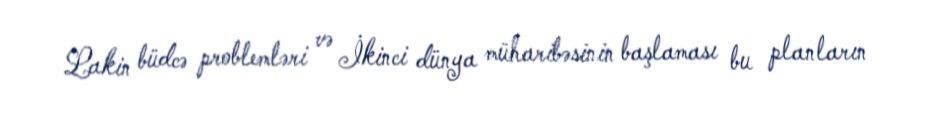
Lakin büdcə problemləri və İkinci dünya müharibəsinin başlaması bu planların